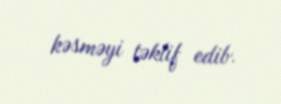
kəsməyi təklif edib.